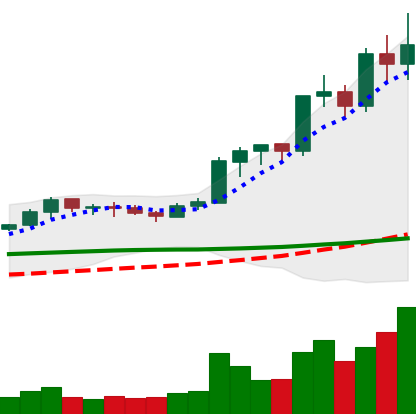
Ticker: LINK-USD
Chart end date: 2020-02-16
Forward return: -4.709%
Label: down_3_5